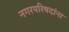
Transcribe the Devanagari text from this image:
नगरपरिषदांना